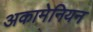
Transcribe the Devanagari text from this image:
अकामेनियन